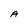
Character: A